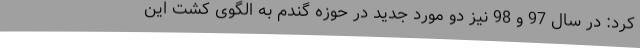
کرد: در سال 97 و 98 نیز دو مورد جدید در حوزه گندم به الگوی کشت این